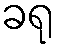
ခရု